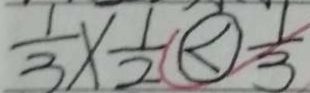
\frac { 1 } { 3 } \times \frac { 1 } { 2 } \textcircled { < } \frac { 1 } { 3 }